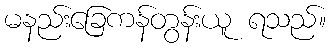
မနည်းခြေကန်တွန်းယူ ရသည်။